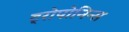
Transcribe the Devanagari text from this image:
ट्रोपोनिन्स